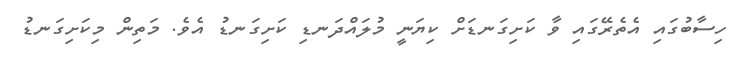
ހިސާބުގައި އެތެރޭގައި ވާ ކަށިގަނޑަށް ކިޔަނީ މުލައްދަނޑި ކަށިގަނޑު އެވެ. މަތިން މިކަށިގަނޑު